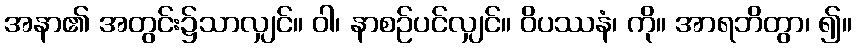
အနာ၏ အတွင်း၌သာလျှင်။ ဝါ၊ နာစဉ်ပင်လျှင်။ ဝိပဿနံ၊ ကို။ အာရဘိတွာ၊ ၍။